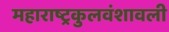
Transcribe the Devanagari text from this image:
महाराष्ट्रकुलवंशावली